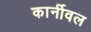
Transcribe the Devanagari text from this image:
कार्नीवल